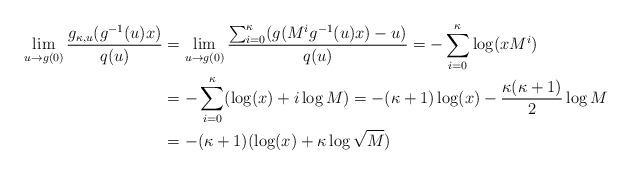
LaTeX: \begin{align*}\lim_{u\to g(0)}\frac{g_{\kappa,u}(g^{-1}(u)x)}{q(u)}&=\lim_{u\to g(0)}\frac{\sum_{i=0}^\kappa(g(M^i g^{-1}(u)x)-u)}{q(u)}=-\sum_{i=0}^\kappa\log(x M^i)\\&=-\sum_{i=0}^\kappa(\log(x)+i\log M)=-(\kappa+1)\log(x)-\frac{\kappa(\kappa+1)}{2}\log M\\&=-(\kappa+1)(\log(x)+\kappa\log\sqrt{M})\end{align*}